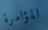
المؤامرة